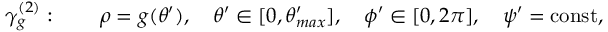
\gamma _ { g } ^ { ( 2 ) } : \quad \quad \rho = g ( \theta ^ { \prime } ) , \quad \theta ^ { \prime } \in [ 0 , \theta _ { m a x } ^ { \prime } ] , \quad \phi ^ { \prime } \in [ 0 , 2 \pi ] , \quad \psi ^ { \prime } = \mathrm { c o n s t } ,